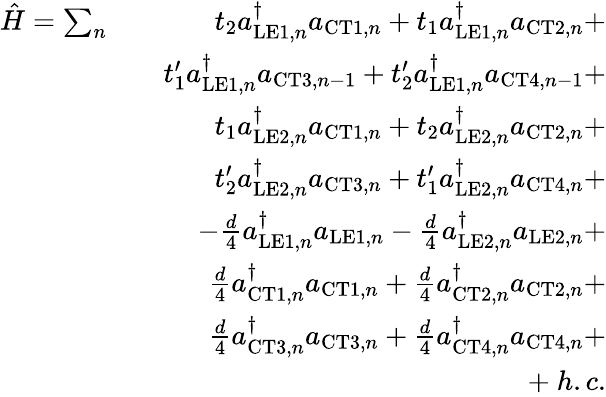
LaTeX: \begin{array}{rlr}{\hat{H}=\sum_{n}}&{}&{t_{2}a_{\mathrm{LE1},n}^{\dagger}a_{\mathrm{CT1},n}+t_{1}a_{\mathrm{LE1},n}^{\dagger}a_{\mathrm{CT2},n}+}\\ &{}&{t_{1}^{\prime}a_{\mathrm{LE1},n}^{\dagger}a_{\mathrm{CT3},n-1}+t_{2}^{\prime}a_{\mathrm{LE1},n}^{\dagger}a_{\mathrm{CT4},n-1}+}\\ &{}&{t_{1}a_{\mathrm{LE2},n}^{\dagger}a_{\mathrm{CT1},n}+t_{2}a_{\mathrm{LE2},n}^{\dagger}a_{\mathrm{CT2},n}+}\\ &{}&{t_{2}^{\prime}a_{\mathrm{LE2},n}^{\dagger}a_{\mathrm{CT3},n}+t_{1}^{\prime}a_{\mathrm{LE2},n}^{\dagger}a_{\mathrm{CT4},n}+}\\ &{}&{-\frac{d}{4}a_{\mathrm{LE1},n}^{\dagger}a_{\mathrm{LE1},n}-\frac{d}{4}a_{\mathrm{LE2},n}^{\dagger}a_{\mathrm{LE2},n}+}\\ &{}&{\frac{d}{4}a_{\mathrm{CT1},n}^{\dagger}a_{\mathrm{CT1},n}+\frac{d}{4}a_{\mathrm{CT2},n}^{\dagger}a_{\mathrm{CT2},n}+}\\ &{}&{\frac{d}{4}a_{\mathrm{CT3},n}^{\dagger}a_{\mathrm{CT3},n}+\frac{d}{4}a_{\mathrm{CT4},n}^{\dagger}a_{\mathrm{CT4},n}+}\\ &{}&{+\ h.c.}\end{array}